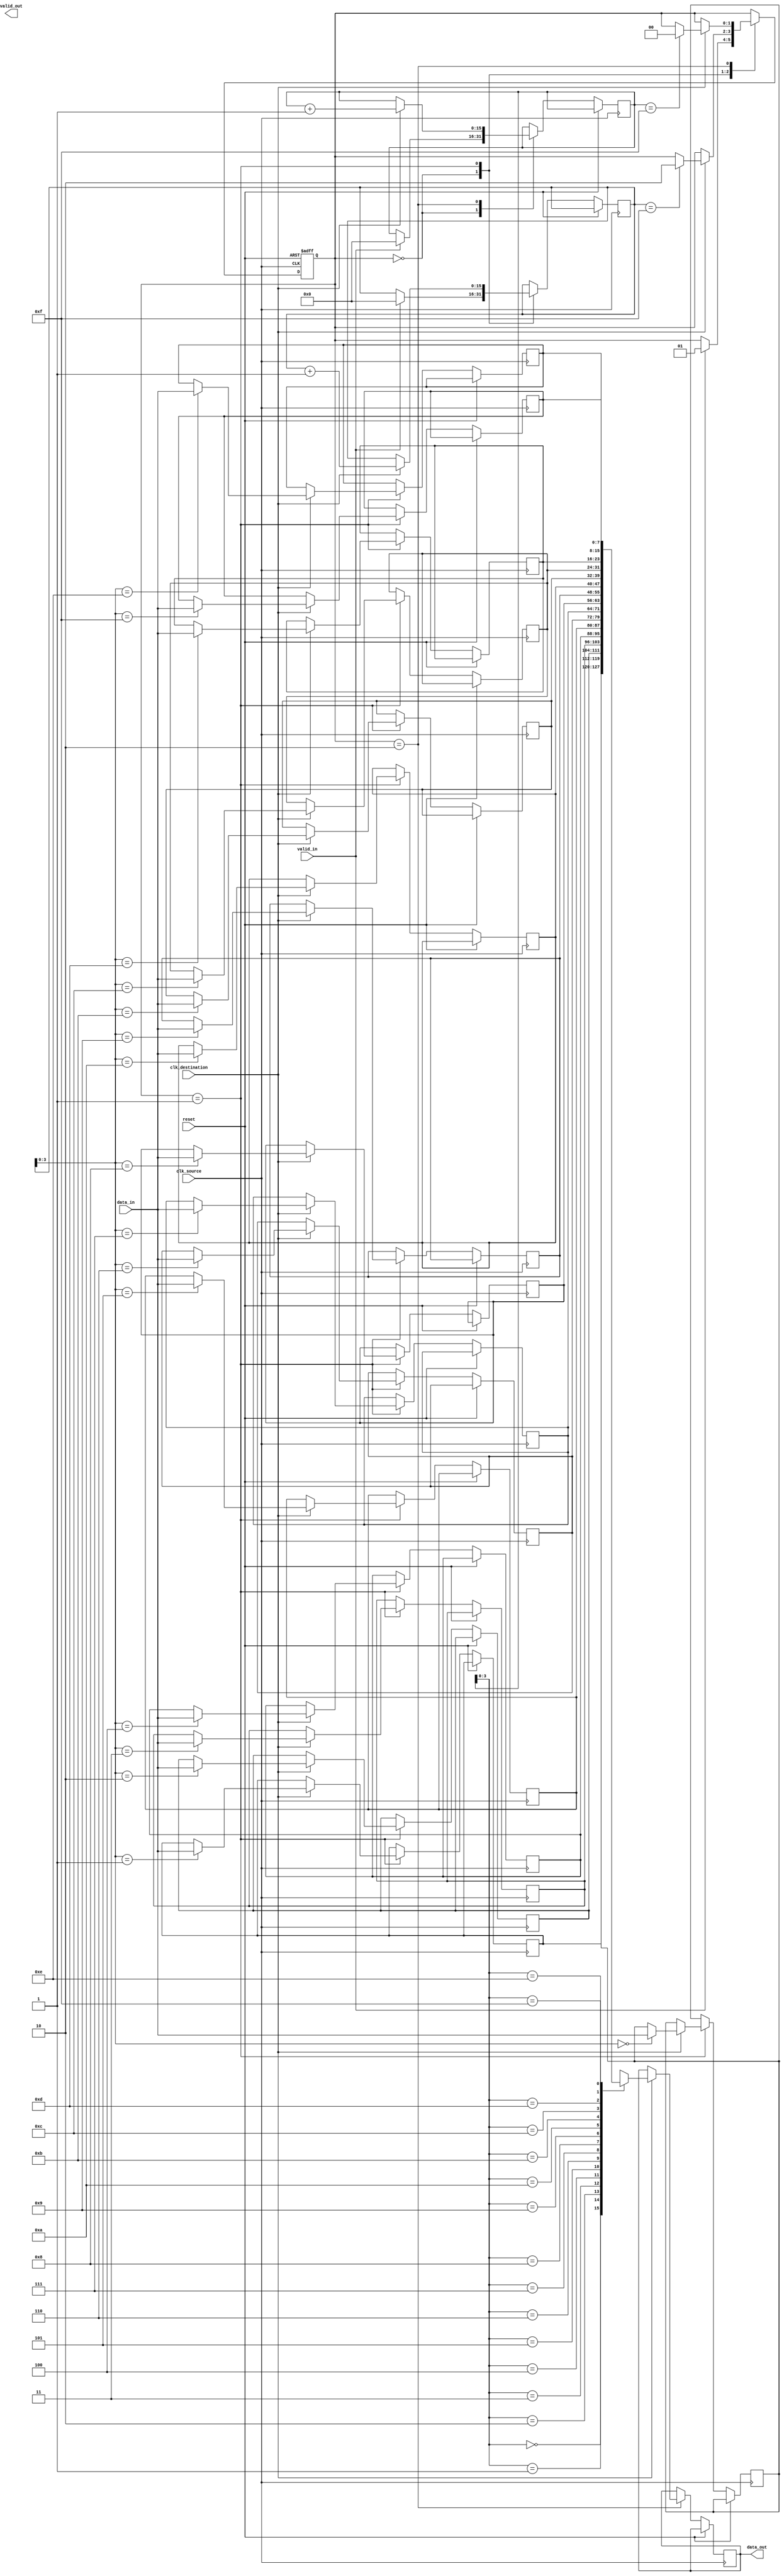
module burst_synchronizer (
    input wire clk_source,
    input wire clk_destination,
    input wire reset,
    input wire [DATA_WIDTH-1:0] data_in,
    input wire valid_in,
    output wire [DATA_WIDTH-1:0] data_out,
    output wire valid_out
);

parameter DATA_WIDTH = 8;
parameter FIFO_DEPTH = 16;

reg [DATA_WIDTH-1:0] fifo [0:FIFO_DEPTH-1];
reg [FIFO_DEPTH-1:0] read_ptr;
reg [FIFO_DEPTH-1:0] write_ptr;
reg [DATA_WIDTH-1:0] data_out_reg;
reg valid_out_reg;
reg [1:0] state;

always @ (posedge clk_source or posedge reset) begin
    if (reset)
        state <= 2'b00;
    else begin
        case (state)
            2'b00: begin // Idle state
                if (valid_in) begin
                    state <= 2'b01; // Start transfer state
                    read_ptr <= 0;
                    write_ptr <= 0;
                end
            end
            2'b01: begin // Start transfer state
                if (clk_destination) begin
                    fifo[write_ptr] <= data_in;
                    write_ptr <= write_ptr + 1;
                    if (write_ptr == FIFO_DEPTH-1)
                        state <= 2'b10; // End transfer state
                end
            end
            2'b10: begin
                if (clk_destination) begin
                    data_out_reg <= fifo[read_ptr];
                    read_ptr <= read_ptr + 1;
                    if (read_ptr == FIFO_DEPTH-1)
                        state <= 2'b00; // Idle state
                end
            end
        endcase
    end
end

assign data_out = data_out_reg;
assign valid_out = valid_out_reg;

endmodule